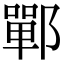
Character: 鄲